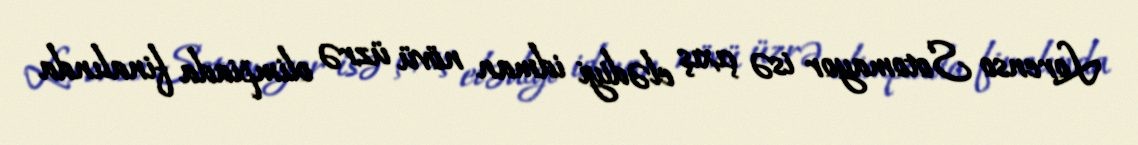
Lorenso Sotomayor isə çıxış elədiyi idman növü üzrə olimpiada finalında